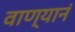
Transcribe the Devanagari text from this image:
वाण्यानं